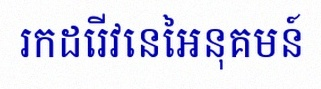
រកដេរីវេនៃអនុគមន៍